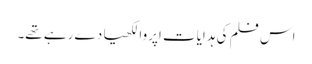
اس فلم کی ہدایات اپروا لکھیا دے رہے تھے۔